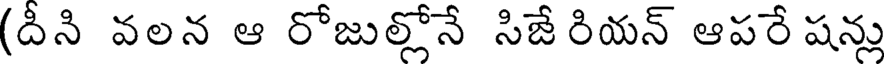
(దీని వలన ఆ రోజుల్లోనే సిజే రియన్ ఆపరే షన్లు